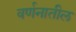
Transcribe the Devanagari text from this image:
वर्णनातील